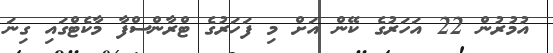
އުމުރުން 22 އަހަރުގެ ކޭން އަށް މި ފަހަރުގެ ޓްރާންސްފާ މާކެޓްގައި ގިނަ